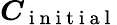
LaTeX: \boldsymbol{C}_{\mathrm{~i~n~i~t~i~a~l~}}